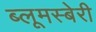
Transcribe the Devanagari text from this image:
ब्लूमस्बेरी